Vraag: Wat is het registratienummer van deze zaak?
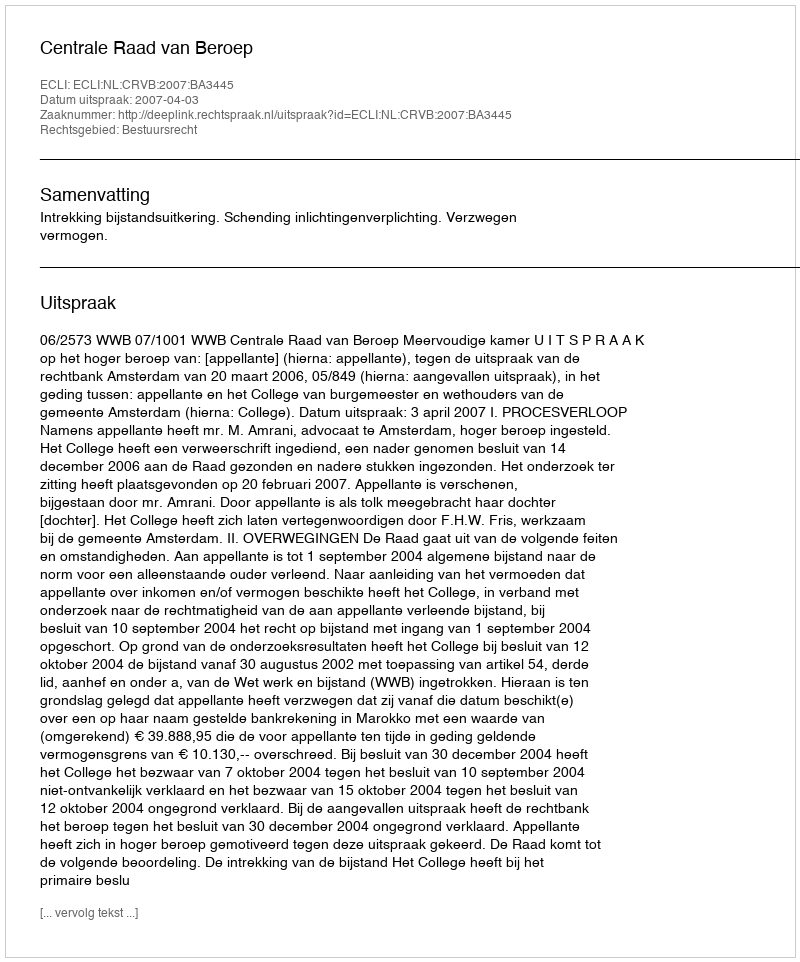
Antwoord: http://deeplink.rechtspraak.nl/uitspraak?id=ECLI:NL:CRVB:2007:BA3445